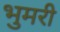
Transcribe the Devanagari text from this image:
भुमरी